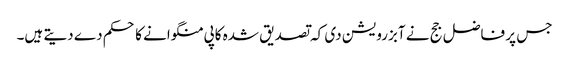
جس پر فاضل جج نے آبزرویشن دی کہ تصدیق شدہ کاپی منگوانے کا حکم دے دیتے ہیں۔